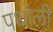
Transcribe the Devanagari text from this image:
पथोली